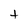
Character: t